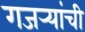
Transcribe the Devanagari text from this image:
गजर्‍यांची